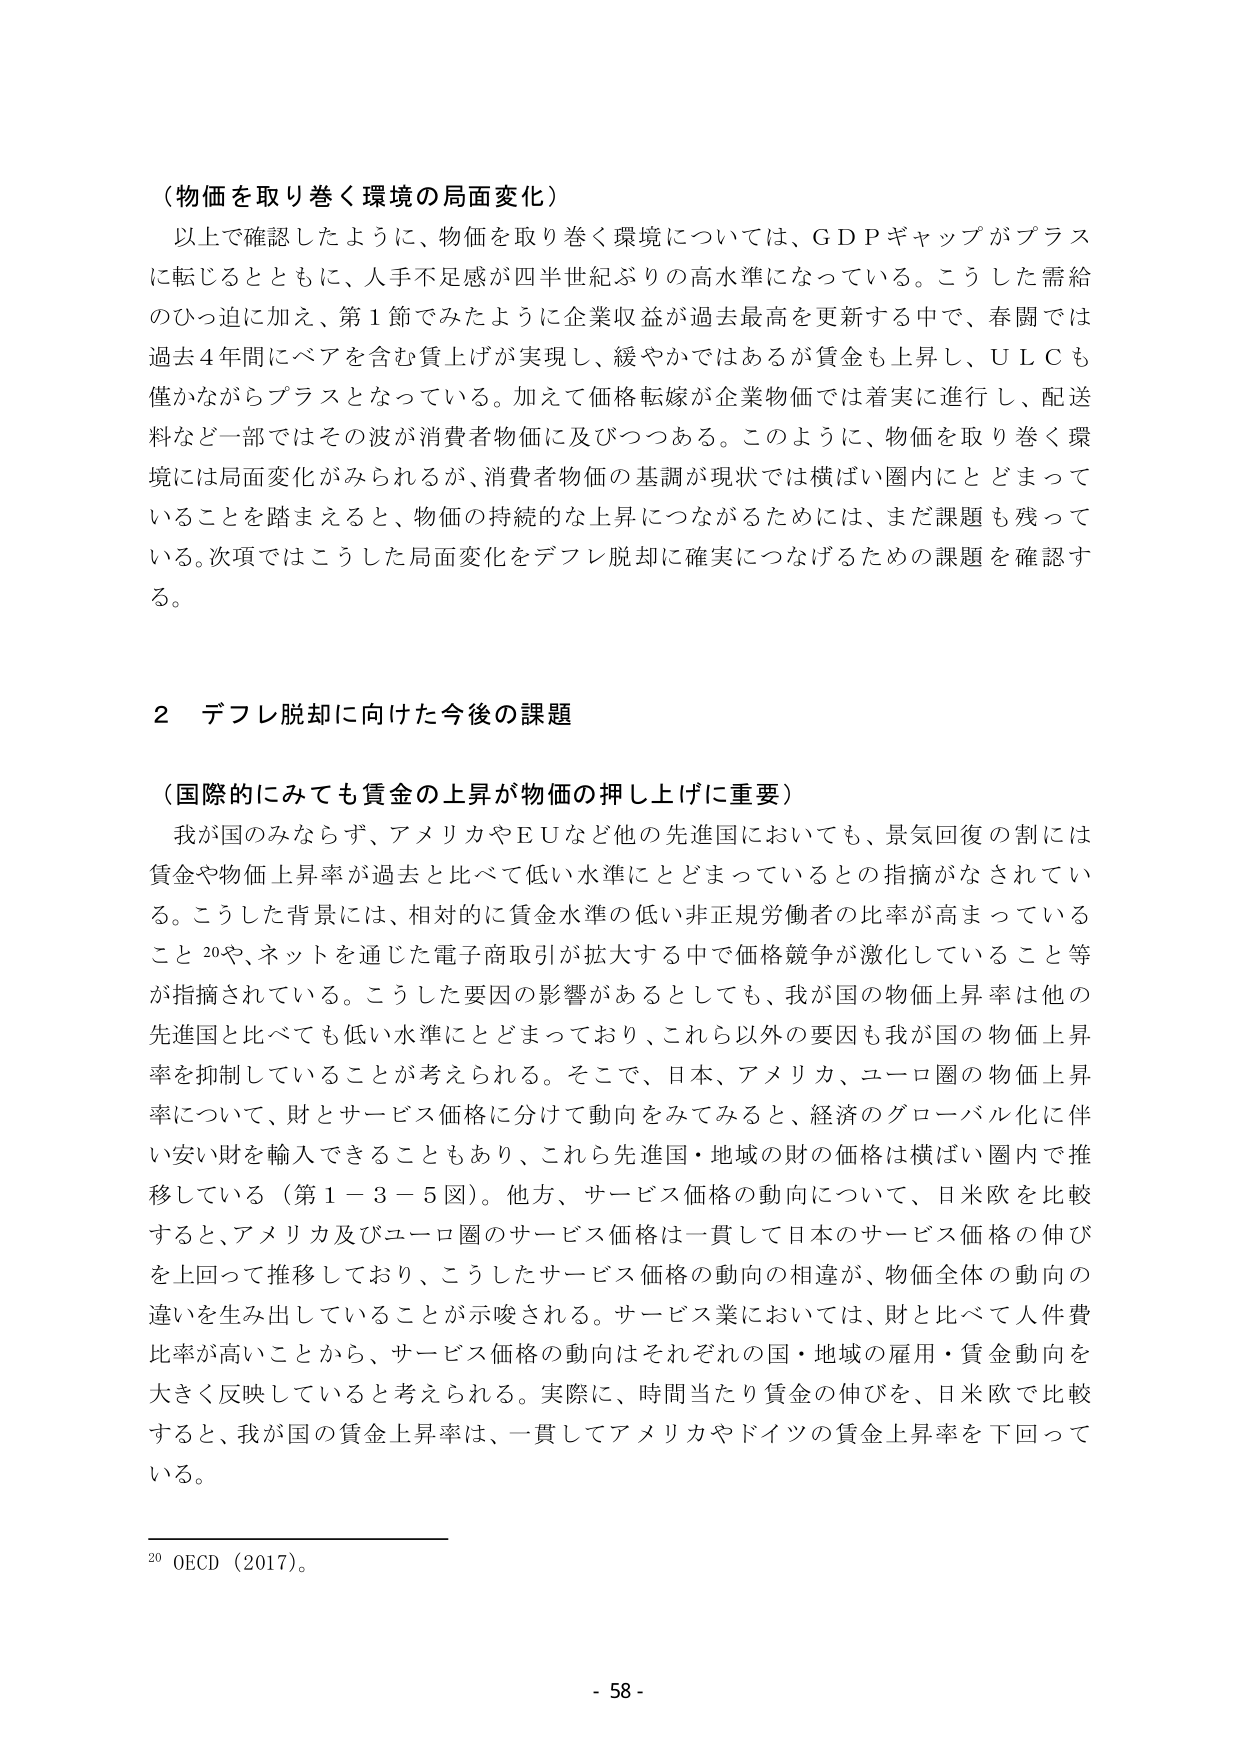
（物価を取り巻く環境の局面変化）

以上で確認したように、物価を取り巻く環境については、ＧＤＰギャップがプラスに転じるとともに、人手不足感が四半世紀ぶりの高水準になっている。こうした需給のひっ迫に加え、第１節でみたように企業収益が過去最高を更新する中で、春闘では過去４年間にベアを含む賃上げが実現し、緩やかではあるが賃金も上昇し、ＵＬＣも僅かながらプラスとなっている。加えて価格転嫁が企業物価では着実に進行し、配送料など一部ではその波が消費者物価に及びつつある。このように、物価を取り巻く環境には局面変化がみられるが、消費者物価の基調が現状では横ばい圏内にとどまっていることを踏まえると、物価の持続的な上昇につながるためには、まだ課題も残っている。次項ではこうした局面変化をデフレ脱却に確実につなげるための課題を確認する。

２ デフレ脱却に向けた今後の課題

（国際的にみても賃金の上昇が物価の押し上げに重要）

我が国のみならず、アメリカやＥＵなど他の先進国においても、景気回復の割には賃金や物価上昇率が過去と比べて低い水準にとどまっているとの指摘がなされている。こうした背景には、相対的に賃金水準の低い非正規労働者の比率が高まっていること20や、ネットを通じた電子商取引が拡大する中で価格競争が激化していること等が指摘されている。こうした要因の影響があるとしても、我が国の物価上昇率は他の先進国と比べても低い水準にとどまっており、これら以外の要因も我が国の物価上昇率を抑制していることが考えられる。そこで、日本、アメリカ、ユーロ圏の物価上昇率について、財とサービス価格に分けて動向をみてみると、経済のグローバル化に伴い安い財を輸入できることもあり、これら先進国・地域の財の価格は横ばい圏内で推移している（第１－３－５図）。他方、サービス価格の動向について、日米欧を比較すると、アメリカ及びユーロ圏のサービス価格は一貫して日本のサービス価格の伸びを上回って推移しており、こうしたサービス価格の動向の相違が、物価全体の動向の違いを生み出していることが示唆される。サービス業においては、財と比べて人件費比率が高いことから、サービス価格の動向はそれぞれの国・地域の雇用・賃金動向を大きく反映していると考えられる。実際に、時間当たり賃金の伸びを、日米欧で比較すると、我が国の賃金上昇率は、一貫してアメリカやドイツの賃金上昇率を下回っている。

20 OECD（2017）。

- 58 -